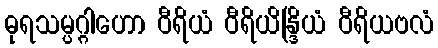
ဓုရသမ္ပဂ္ဂါဟော ဝီရိယံ ဝီရိယိန္ဒြိယံ ဝီရိယဗလံ